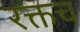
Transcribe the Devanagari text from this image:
रक्तच